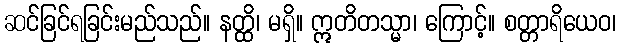
ဆင်ခြင်ရခြင်းမည်သည်။ နတ္ထိ၊ မရှိ။ ဣတိတသ္မာ၊ ကြောင့်။ စတ္တာရိယေဝ၊